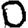
Digit: 0